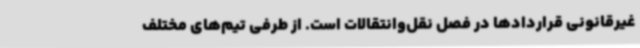
غیرقانونی قراردادها در فصل نقل‌وانتقالات است. از طرفی تیم‌های مختلف